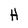
Character: H